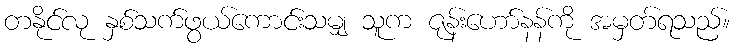
တနိုင်လု နှစ်သက်ဖွယ်ကောင်းသမျှ သူက ဇုန်းဟော်နန်ကို အမှတ်ရသည်။